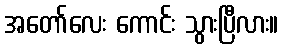
အတော်လေး ကောင်း သွားပြီလား။